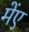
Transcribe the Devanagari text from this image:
मेंए